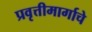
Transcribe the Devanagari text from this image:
प्रवृत्तीमार्गाचे